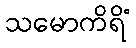
သမောကိရိံ